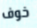
خوف